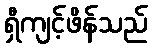
ရှီကျင့်ဖိန်သည်